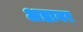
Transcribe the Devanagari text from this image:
अडायर